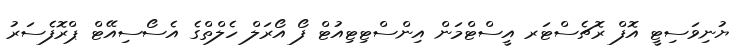
ޔުނިވަސިޓީ އޮފް ރޮޗެސްޓަރ އީސްޓްމަން އިންސްޓިޓިއުޓް ފޯ އޯރަލް ހެލްތްގެ އެސޯސިއޭޓް ޕްރޮފެސަރު